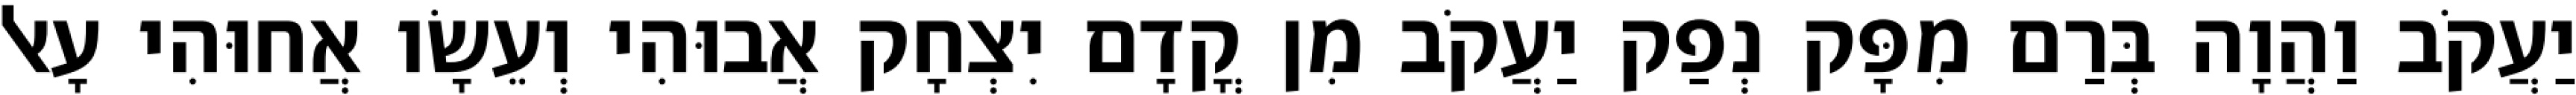
יַעֲקֹב וַהֲוָה בְּרַם מִפָּק נְפַק יַעֲקֹב מִן קֳדָם יִצְחָק אֲבוּהִי וְעֵשָׂו אֲחוּהִי עָאל